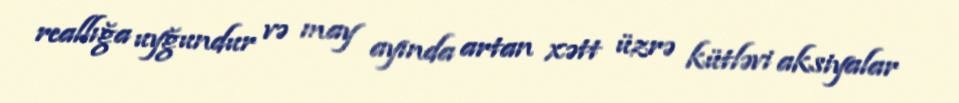
reallığa uyğundur və may ayında artan xətt üzrə kütləvi aksiyalar